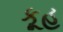
કૂહ